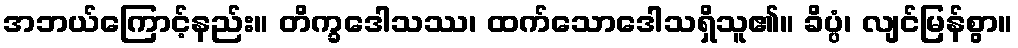
အဘယ်ကြောင့်နည်း။ တိက္ခဒေါသဿ၊ ထက်သောဒေါသရှိသူ၏။ ခိပ္ပံ၊ လျင်မြန်စွာ။